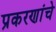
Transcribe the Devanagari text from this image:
प्रकरणांचे